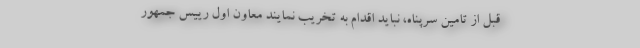
قبل از تامین سرپناه،‌ نباید اقدام به تخریب نمایند معاون اول رییس جمهور